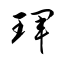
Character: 琿